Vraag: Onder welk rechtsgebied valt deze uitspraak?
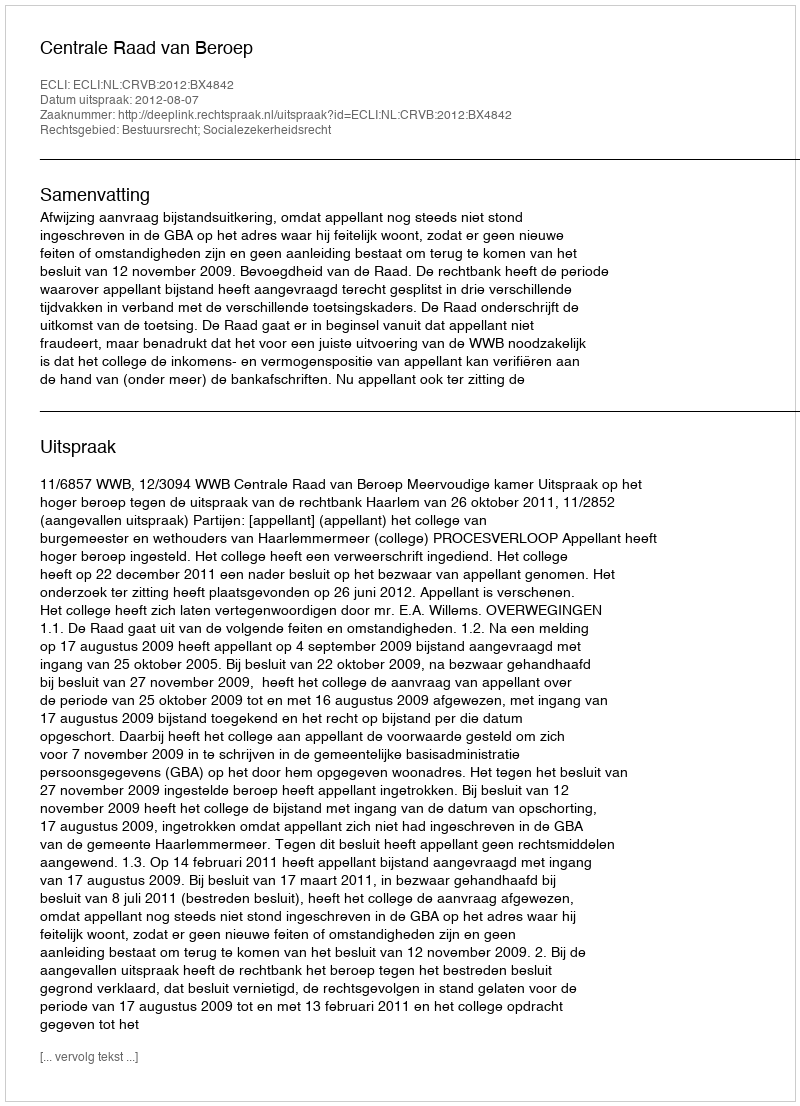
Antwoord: Bestuursrecht; Socialezekerheidsrecht